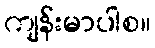
ကျန်းမာပါစ။